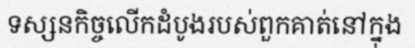
ទស្សនកិច្ចលើកដំបូងរបស់ពួកគាត់នៅក្នុង